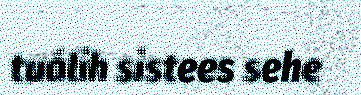
tuálih sistees sehe